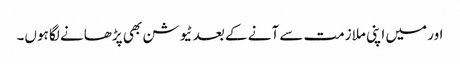
اور میں اپنی ملازمت سے آنے کے بعد ٹیوشن بھی پڑھانے لگا ہوں۔